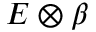
E \otimes \beta